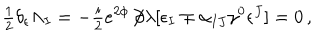
{ \textstyle \frac { 1 } { 2 } } \delta _ { \epsilon } \Lambda _ { I } = - { \textstyle \frac { i } { 2 } } e ^ { 2 \phi } \! \not \! \partial \lambda [ \epsilon _ { I } \mp \alpha _ { I J } \gamma ^ { 0 } \epsilon ^ { J } ] = 0 \, ,